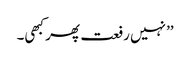
’’نہیں رفعت پھر کبھی۔